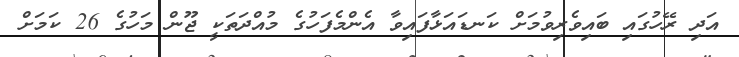
އަދި ރޭހުގައި ބައިވެރިވުމަށް ކަނޑައަޅާފައިވާ އެންމެފަހުގެ މުއްދަތަކީ ޖޫން މަހުގެ 26 ކަމަށް